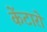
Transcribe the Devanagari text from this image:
केंटारो